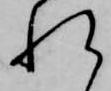
れ